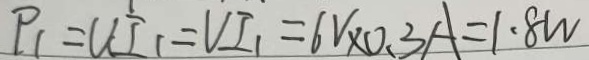
P _ { 1 } = U I _ { 1 } = V I _ { 1 } = 6 V \times 0 . 3 A = 1 . 8 W